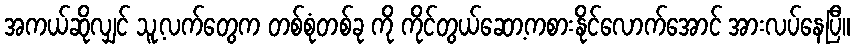
အကယ်ဆိုလျှင် သူ့လက်တွေက တစ်စုံတစ်ခု ကို ကိုင်တွယ်ဆော့ကစားနိုင်လောက်အောင် အားလပ်နေပြီ။